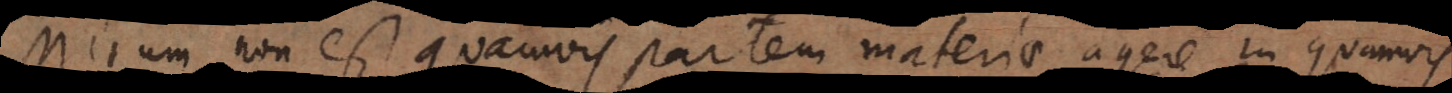
Mirum non est quamvis partem materiae agere in quamvis